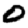
Digit: 0